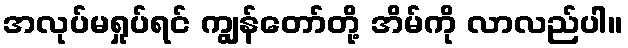
အလုပ်မရှုပ်ရင် ကျွန်တော်တို့ အိမ်ကို လာလည်ပါ။